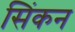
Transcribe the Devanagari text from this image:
सिंकन